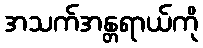
အသက်အန္တရာယ်ကို